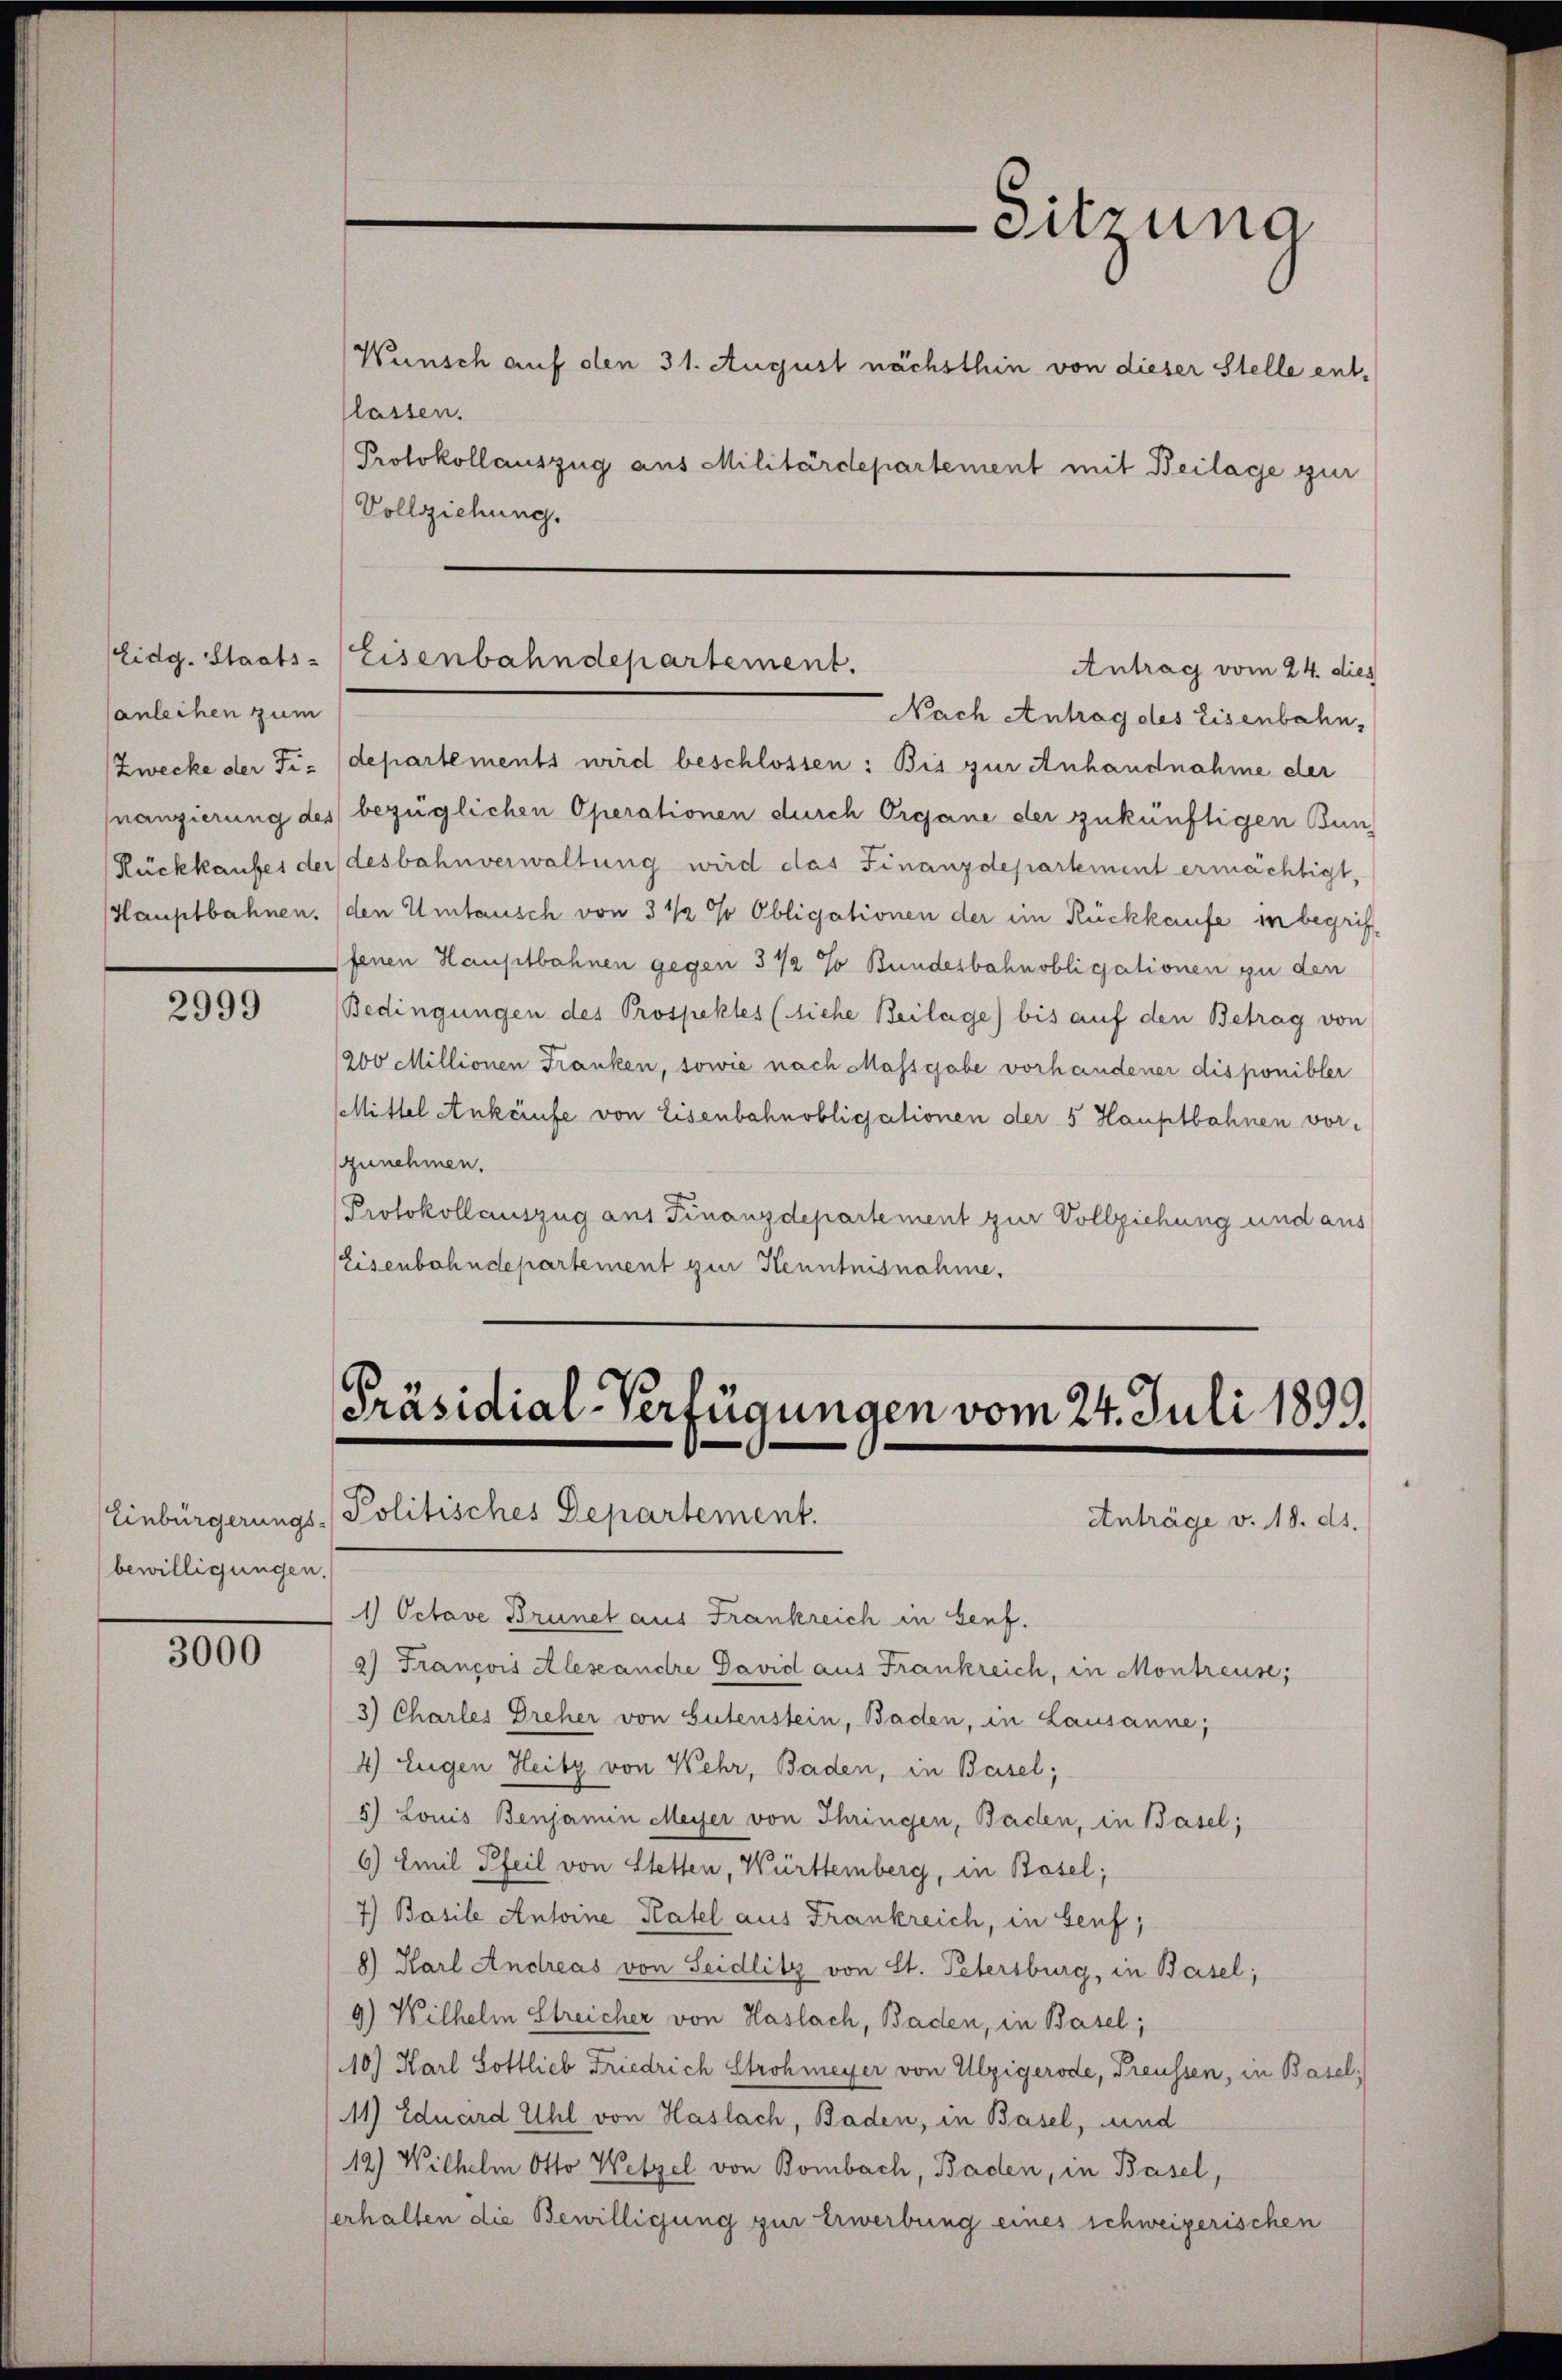
Eidg. Staats-
anleihen zum
Zwecke der Fi¬
Hauptbahnen.

2999

bewilligungen.

3000

Wünsch auf den 31. August nächsthin von dieser Stelle entlassen.
Protokollauszug aus Militärdepartement mit Beilage zur
Vollziehung.

Eisenbahndepartement.
Antrag vom 24. dies

Nach Antrag des Eisenbahn,
departements wird beschlossen: Bis zur Anhandnahme der
nangierung des bezüglichen Operationen durch Organe der zukünftigen Bun¬
Rückkaufes der desbahnverwaltung wird das Finanzdepartement ermächtigt,
den Umtausch von 3 ½ % Obligationen der ein Rückkaufe in begriffenen Hauptbahnen gegen 3 1/2 % Bundesbahnobligationen zu den
Bedingungen des Prospektes (siehe Beilage) bis auf den Betrag von
1200 Millionen Franken, sowie nach Massgabe vorhandener disponibler
Mittel Ankaufe von Eisenbahnobligationen der 5 Hauptbahnen vorzunehmen.
Protokollauszug aus Finanzdepartement zur Vollziehung und aus
Eisenbahndepartement zur Kenntnisnahme.

Präsidial-Verfügungen vom 24. Juli 1899.
Einbürgerungs-Politisches Departement.
Anträge v. 18. ds.

Sitzung

1 Octave Brunet aus Frankreich in Senf.
a) Francois Alesandre David aus Frankreich, in Montreuse;
3) Charles Dreher von Gutenstein, Baden, in Lausanne;
4) Eugen Heitz von Wehr, Baden, in Basel;
5) Louis Benjamin Meyer von Thringen, Baden, in Basel;
6) Emil Pfeil von Stetten, Württemberg, in Basel;
7) Basile Antoine Katel aus Frankreich, in Senf,
8) Karl Andreas von Seidlitz von St. Petersburg, in Basel;
9) Wilhelm Streicher von Haslach, Baden, in Basel;
10.) Karl Gottlieb Friedrich Strohmeyer von Ulzigerode, Preussen, in Basel,
11) Eduard Uhl von Haslach, Baden, in Basel, und
12.) Wilhelm Otto Wetzel von Bombach, Baden, in Basel,
erhalten die Bewilligung zur Erwerbung eines schweizerischen